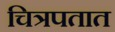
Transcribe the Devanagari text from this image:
चित्रपतात